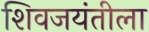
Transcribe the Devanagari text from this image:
शिवजयंतीला